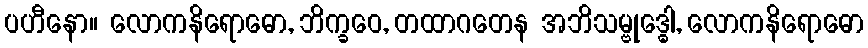
ပဟီနော။ လောကနိရောဓော, ဘိက္ခဝေ, တထာဂတေန အဘိသမ္ဗုဒ္ဓေါ, လောကနိရောဓော